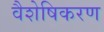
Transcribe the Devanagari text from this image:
वैशेषिकरण